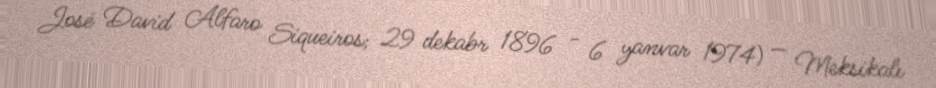
José David Alfaro Siqueiros; 29 dekabr 1896 - 6 yanvar 1974) — Meksikalı